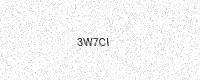
Text: 3W7CI